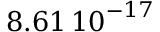
8 . 6 1 \, { 1 0 } ^ { - 1 7 }